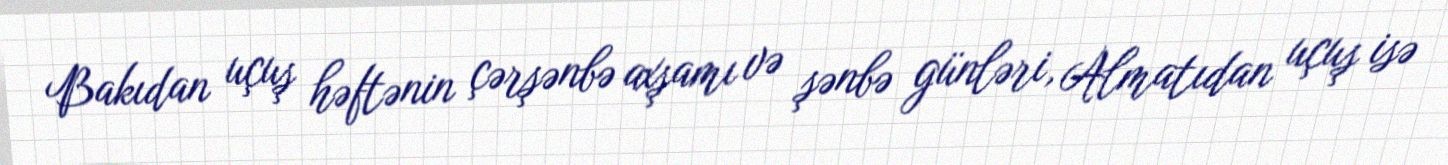
Bakıdan uçuş həftənin çərşənbə axşamı və şənbə günləri, Almatıdan uçuş isə